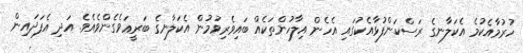
ހުރުމާއެކުމެ އެކަލާނގެ ރަސްކަންފުޅާއެކުގައި އެހެން އިލާހުންތަކެއް ބައިވެރިވުމުން އެކަލާނގެ ބަރީޢަވެގެންވެއެވެ. އަދި އެފަދައިން